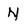
Character: N